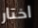
اختار